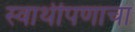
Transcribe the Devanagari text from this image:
स्वार्थीपणाचा